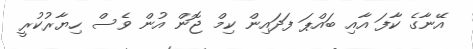
އޭނާގެ ކާފަ އާއި ބައްޕަ ފަދައިން ކިމް ޖޮން އުން ވެސް ހިޔާރުކުރީ